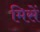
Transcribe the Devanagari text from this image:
मिसें